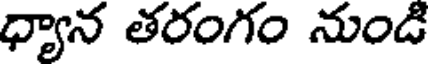
ధ్యాన తరంగం నుండి